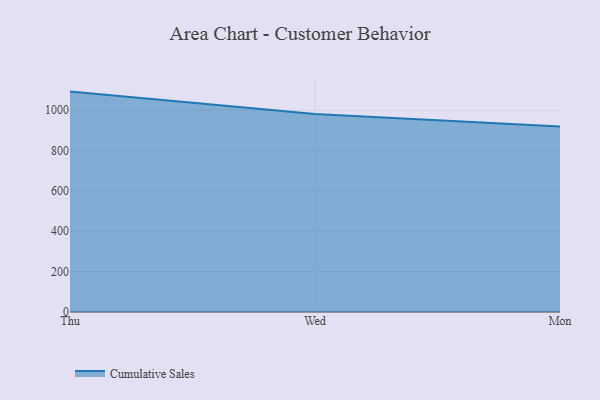
{"axis": {"x": "Day", "y": "Energy Usage (MWh)"}, "legend": ["Cumulative Sales"], "data": [{"x": "Thu", "y": 1092.3, "type": "Cumulative Sales"}, {"x": "Wed", "y": 980.9, "type": "Cumulative Sales"}, {"x": "Mon", "y": 919.7, "type": "Cumulative Sales"}]}